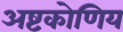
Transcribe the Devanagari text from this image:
अष्टकोणिय